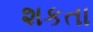
શકતા